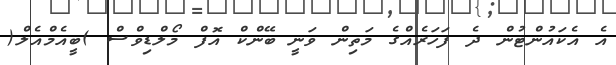
އެ އެކައުންޓުން ދެ ފަހަރެއްގެ މަތިން ވަނީ ބޭންކް އޮފް މޯލްޑިވްސް )ބީއެމްއެލް(